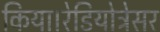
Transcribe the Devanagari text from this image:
किया।रेडियोट्रेसर